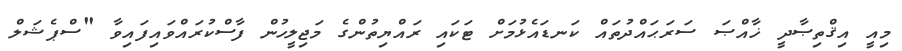
މިއީ އިޤްތިޞާދީ ޚާއްޞަ ސަރަޙައްދުތައް ކަނޑައެޅުމަށް ޓަކައި ރައްޔިތުންގެ މަޖިލީހުން ފާސްކުރައްވައިފައިވާ "ސްޕެޝަލް